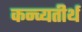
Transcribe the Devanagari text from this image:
कन्व्यतीर्थ